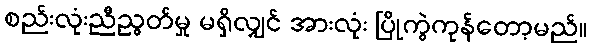
စည်းလုံးညီညွတ်မှု မရှိလျှင် အားလုံး ပြိုကွဲကုန်တော့မည်။